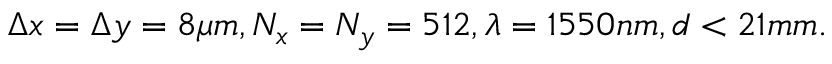
\Delta x = \Delta y = 8 \mu m , N _ { x } = N _ { y } = 5 1 2 , \lambda = 1 5 5 0 n m , d < 2 1 m m .